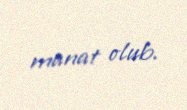
manat olub.